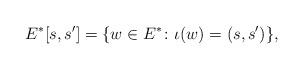
LaTeX: \begin{align*}E^\ast[s,s'] = \{ w \in E^\ast \colon\iota(w) = (s,s') \},\end{align*}